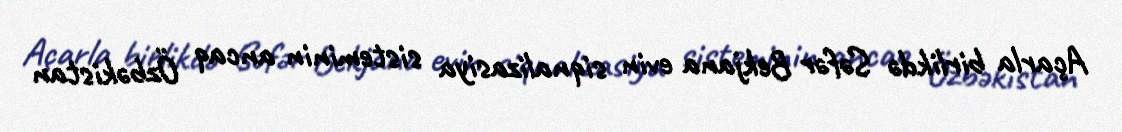
Açarla birlikdə Səfər Bekjana evin siqnalizasiya sisteminin ancaq Özbəkistan